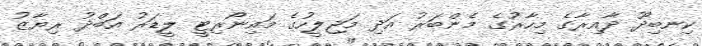
ކިނބިދޫ ދާއިރާގެ މިހާރުގެ މެންބަރު އަދި މަޖިލީހުގެ މައިނޯރިޓީ ލީޑަރު އަބްދު ރިޔާޒު